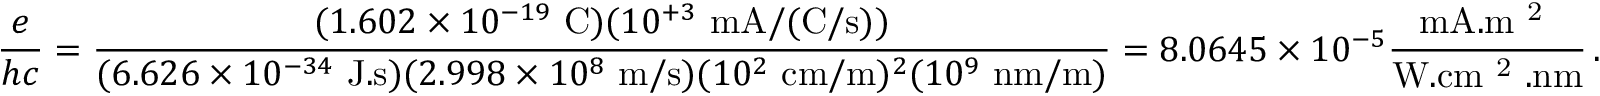
\frac { e } { h c } = \frac { ( 1 . 6 0 2 \times 1 0 ^ { - 1 9 } \mathrm { ~ C } ) ( 1 0 ^ { + 3 } \mathrm { ~ m A / ( C / s ) } ) } { ( 6 . 6 2 6 \times 1 0 ^ { - 3 4 } \mathrm { ~ J . s } ) ( 2 . 9 9 8 \times 1 0 ^ { 8 } \mathrm { ~ m / s } ) ( 1 0 ^ { 2 } \mathrm { ~ c m / m } ) ^ { 2 } ( 1 0 ^ { 9 } \mathrm { ~ n m / m } ) } = 8 . 0 6 4 5 \times 1 0 ^ { - 5 } \frac { \mathrm { m A . m ~ ^ 2 ~ } } { \mathrm { W . c m ~ ^ 2 ~ . n m } } \, .